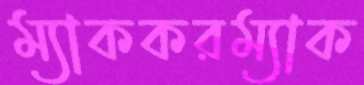
ম্যাককরম্যাক